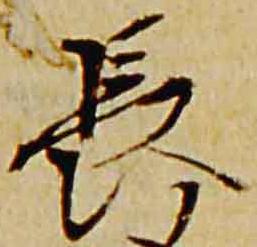
長